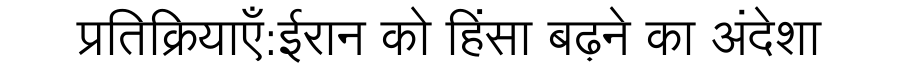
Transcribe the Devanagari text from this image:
प्रतिक्रियाएँ:ईरान को हिंसा बढ़ने का अंदेशा